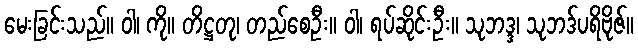
မေးခြင်းသည်။ ဝါ၊ ကို။ တိဋ္ဌတု၊ တည်စေဦး။ ဝါ၊ ရပ်ဆိုင်းဦး။ သုဘဒ္ဒ၊ သုဘဒ်ပရိဗိုဇ်။